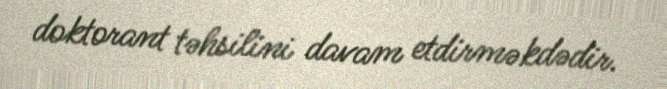
doktorant təhsilini davam etdirməkdədir.